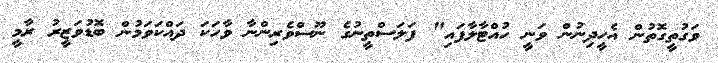
ވަގުތީގޮތުން އެހީދިނުން ވަނީ ހުއްޓާލާފައި" ފަލަސްތީނުގެ ނޫސްވެރިންނާ ވާހަކަ ދައްކަވަމުން ބޮޑުވަޒީރު ރާމީ